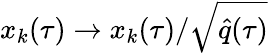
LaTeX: x_{k}(\tau)\rightarrow x_{k}(\tau)/\sqrt{\hat{q}(\tau)}